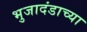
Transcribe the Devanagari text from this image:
भुजादंडाच्या